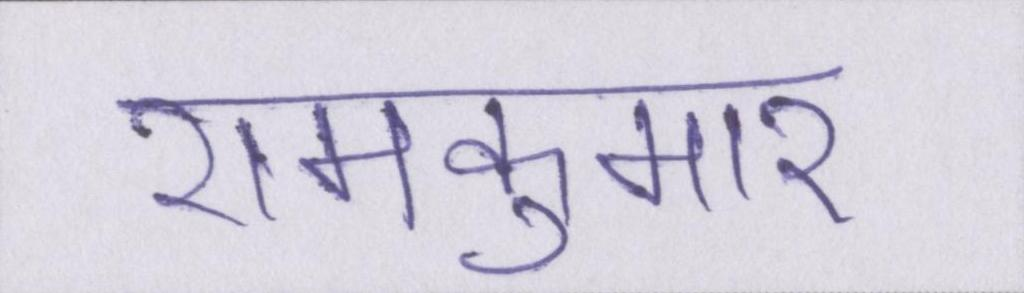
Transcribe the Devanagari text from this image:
रामकुमार